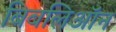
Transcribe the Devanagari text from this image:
बिबलिऑन